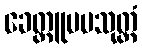
ခေတ္တူပမသုတ္တံ